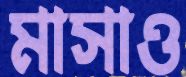
মাসাও